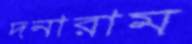
দনারাম